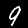
Digit: 9